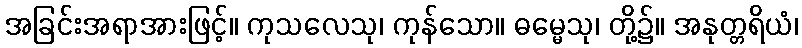
အခြင်းအရာအားဖြင့်။ ကုသလေသု၊ ကုန်သော။ ဓမ္မေသု၊ တို့၌။ အနုတ္တရိယံ၊